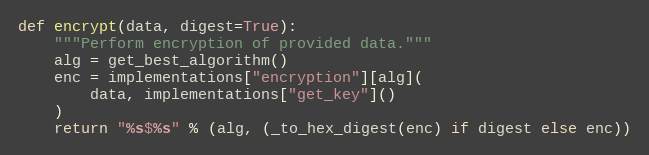
Language: Python
def encrypt(data, digest=True):
    """Perform encryption of provided data."""
    alg = get_best_algorithm()
    enc = implementations["encryption"][alg](
        data, implementations["get_key"]()
    )
    return "%s$%s" % (alg, (_to_hex_digest(enc) if digest else enc))